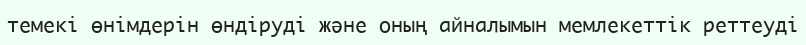
темекі өнімдерін өндіруді және оның айналымын мемлекеттік реттеуді